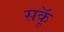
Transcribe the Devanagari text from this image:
सकॅू